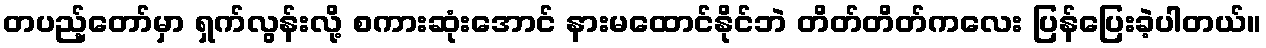
တပည့်တော်မှာ ရှက်လွန်းလို့ စကားဆုံးအောင် နားမထောင်နိုင်ဘဲ တိတ်တိတ်ကလေး ပြန်ပြေးခဲ့ပါတယ်။